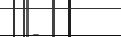
-